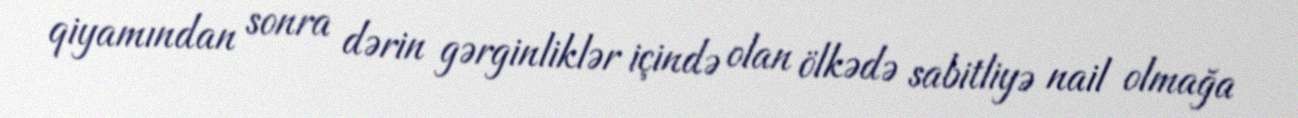
qiyamından sonra dərin gərginliklər içində olan ölkədə sabitliyə nail olmağa